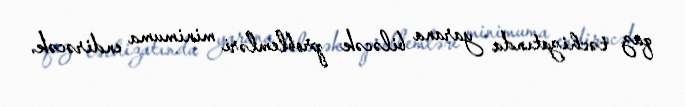
qaz təchizatında yarana biləcək problemləri minimuma endirəcək.